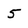
Character: 5